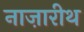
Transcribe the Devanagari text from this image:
नाज़ारीथ